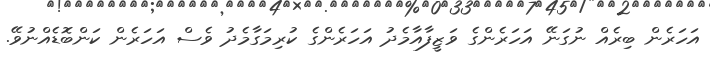
އަހަރެން ބިރެއް ނުގަނޭ އަހަރެންގެ ވަޒީފާއާމެދު އަހަރެންގެ ކުރިމަގާމެދު ވެސް އަހަރެން ކަންބޮޑެއްނުވޭ.